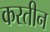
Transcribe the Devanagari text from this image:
करतीन